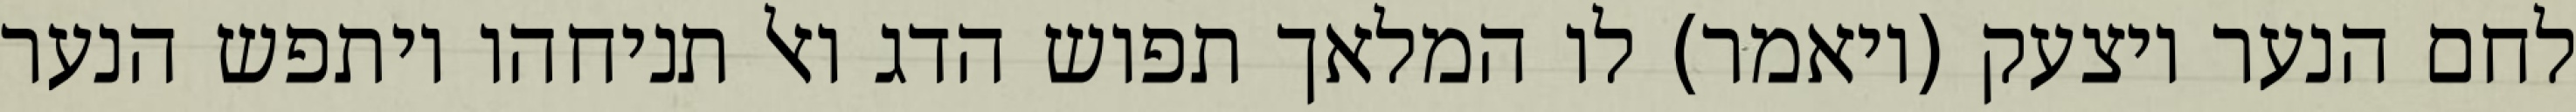
לחם הנער ויצעק (ויאמר) לו המלאך תפוש הדג ואל תניחהו ויתפש הנער